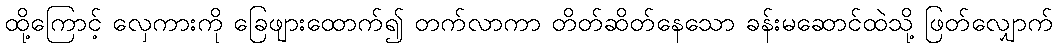
ထို့ကြောင့် လှေကားကို ခြေဖျားထောက်၍ တက်လာကာ တိတ်ဆိတ်နေသော ခန်းမဆောင်ထဲသို့ ဖြတ်လျှောက်